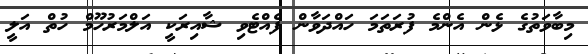
މިބާވަތުގެ ޅެން އެންމެ ފުރަތަމަ ހައްދަވާން ފެއްޓެވި ޝާއިރަކީ އަލްމަރުހޫމް ހުތް އަލީ